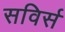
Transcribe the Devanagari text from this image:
सविर्स